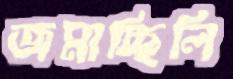
জমাচ্ছিলি